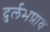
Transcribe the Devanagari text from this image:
दुर्लभप्राय